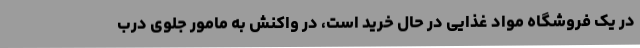
در یک فروشگاه مواد غذایی در حال خرید است، در واکنش به مامور جلوی درب